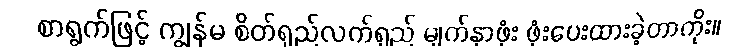
စာရွက်ဖြင့် ကျွန်မ စိတ်ရှည်လက်ရှည် မျက်နှာဖုံး ဖုံးပေးထားခဲ့တာကိုး။